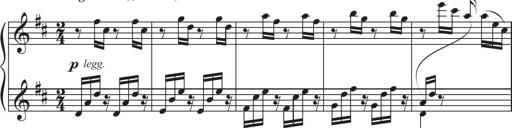
Title: Sonatina in D major
Composer: Shota Saitoh
Key: D major